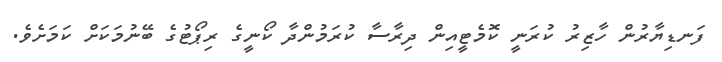
ފަނޑިޔާރުން ހާޒިރު ކުރަނީ ކޮމެޓީއިން ދިރާސާ ކުރަމުންދާ ކޯނީގެ ރިޕޯޓުގެ ބޭނުމަކަށް ކަމަށެވެ.